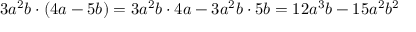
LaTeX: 3 a ^ { 2 } b \cdot ( 4 a - 5 b ) = 3 a ^ { 2 } b \cdot 4 a - 3 a ^ { 2 } b \cdot 5 b = 1 2 a ^ { 3 } b - 1 5 a ^ { 2 } b ^ { 2 }